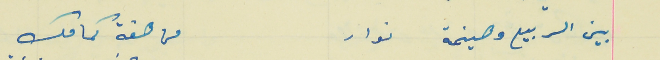
بين الربيع وهينمة نوار                                    من هفة كمامك